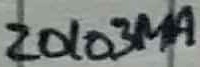
Text: Z0103MA